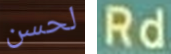
لحسن Rd